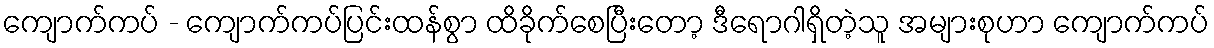
ကျောက်ကပ် - ကျောက်ကပ်ပြင်းထန်စွာ ထိခိုက်စေပြီးတော့ ဒီရောဂါရှိတဲ့သူ အများစုဟာ ကျောက်ကပ်